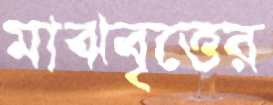
মাঝবৃত্তের